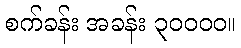
စက်ခန်း အခန်း ၃၀၀၀၀။